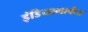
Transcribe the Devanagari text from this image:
इंडियामार्फत